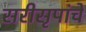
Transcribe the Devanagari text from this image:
सरीसृपांचे